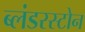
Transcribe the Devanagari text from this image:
ब्लंडरस्टोन